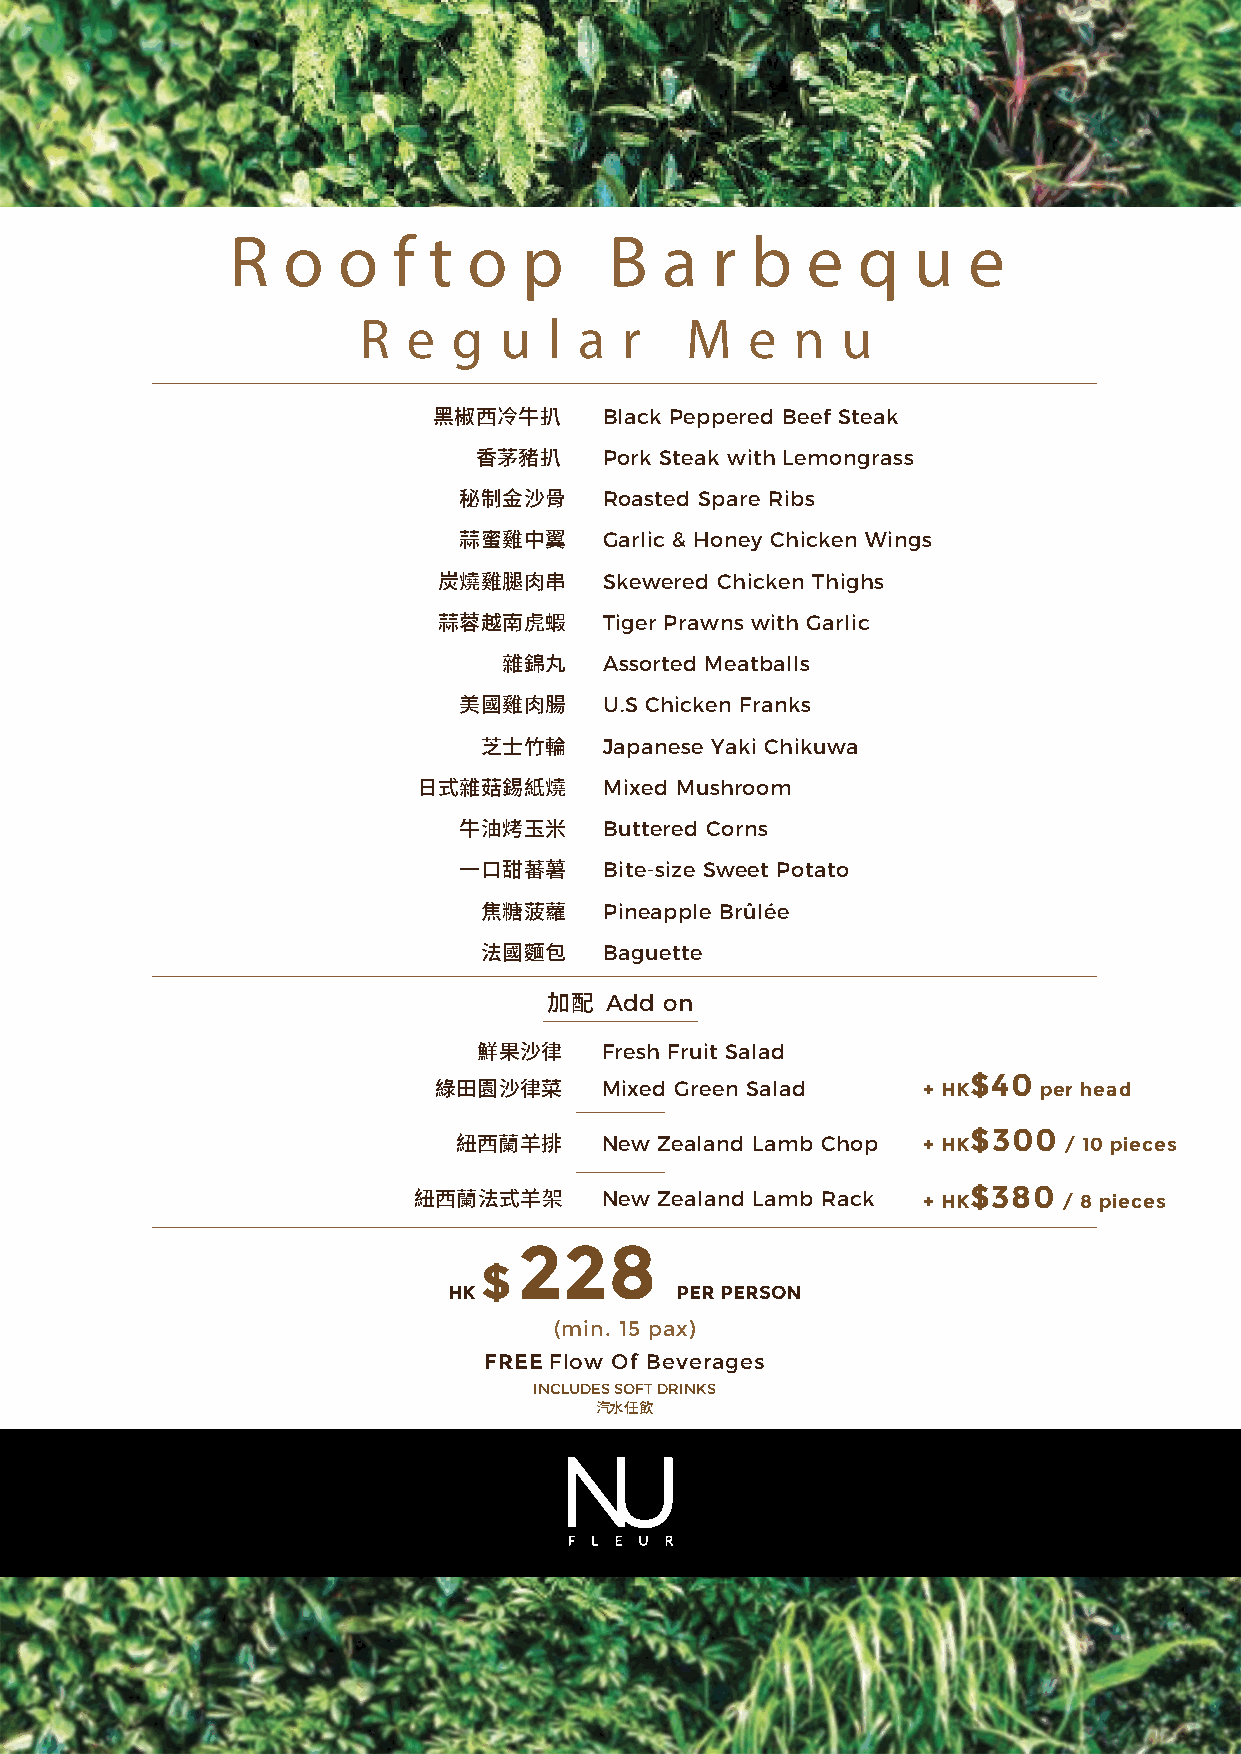
R   o  o   f t  o   p    B   a  r  b  e   q  u   e
 R  e  g  u  l a  r   M    e n   u
 Black Peppered Beef Steak
 黑椒西冷牛扒
 Pork Steak with Lemongrass
 香茅豬扒
 Roasted Spare Ribs
 秘制金沙骨
 Garlic & Honey Chicken Wings
 蒜蜜雞中翼
 Skewered Chicken Thighs
 炭燒雞腿肉串
 Tiger Prawns with Garlic
 蒜蓉越南虎蝦
 Assorted Meatballs
 雜錦丸
 U.S Chicken Franks
 美國雞肉腸
 Japanese Yaki Chikuwa
 芝士竹輪
 Mixed Mushroom
 日式雜菇錫紙燒
 Buttered Corns
 牛油烤玉米
 Bite-size Sweet Potato
 一口甜蕃薯
 Pineapple Brûlée
 焦糖菠蘿
 Baguette
 法國麵包
 Add on
 加配
 Fresh Fruit Salad
 鮮果沙律
 $40
 Mixed Green Salad    + HK    per head
 綠田園沙律菜
 $300
 New Zealand Lamb Chop + HK    / 10 pieces
 紐西蘭羊排
 $380
 New Zealand Lamb Rack + HK    / 8 pieces
 紐西蘭法式羊架
 228
 $
 HK             PER PERSON
 (min. 15 pax)
 FREE Flow Of Beverages
 INCLUDES SOFT DRINKS
 汽水任飲